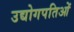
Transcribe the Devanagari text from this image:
उद्योगपतिओं